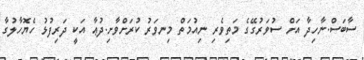
ސާބަސް.ނާހިދާ އަށް ސުވަރުގޭގެ މަތިވެރި ނިއުމަތް މިނވަރު ކުރަށްވާށި.ދުޢާ އަކީ ދަރިފުޅު ހެޔޮހާލުގާ